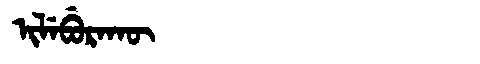
Manchu: ᡳᠯᡝᠪᡠᡵᠠᡴᡡ
Romanization: ILEBURAKŪ